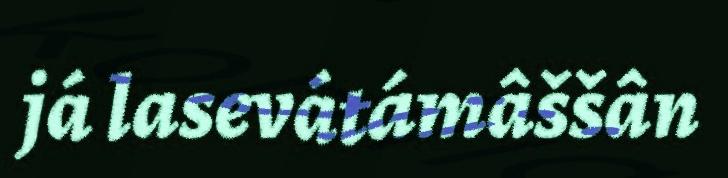
já lasevátámâššân